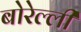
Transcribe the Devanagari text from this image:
बोरेल्ली